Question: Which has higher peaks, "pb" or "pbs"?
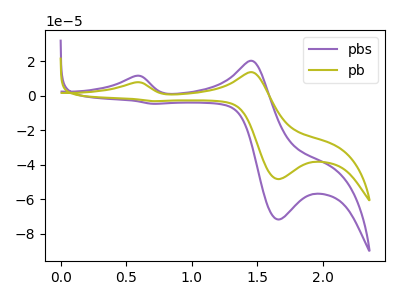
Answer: <think>The purple curve "pbs" has anodic peaks at (0.55V, 11.45uA) (1.45V, 20.25uA) and cathodic peaks at (1.65V, -71.85uA) (0.70V, -4.70uA). The olive curve "pb" has anodic peaks at (0.55V, 7.70uA) (1.45V, 13.65uA) and cathodic peaks at (1.65V, -48.40uA) (0.70V, -3.20uA).</think>
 <answer>Every peak in "pb" is lower than every peak in "pbs".</answer>
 <eval>lower</eval>